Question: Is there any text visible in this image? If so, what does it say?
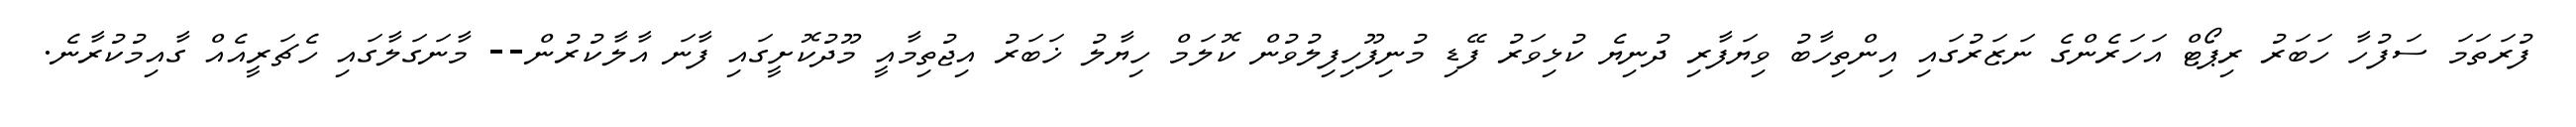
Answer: ފުރަތަމަ ސަފުހާ ހަބަރު ރިޕޯޓް އަހަރެންގެ ނަޒަރުގައި އިންތިހާބު ވިޔަފާރި ދުނިޔެ ކުޅިވަރު ފޭޑި މުނިފޫހިފިލުވުން ކޮލަމް ހިޔާލު ޚަބަރު އިޖުތިމާއީ މޫދުކޮށީގައި ފާނަ އާލާކުރުން-- މާނަގަލާގައި ހެޗަރީއެއް ގާއިމުކުރާނެ.